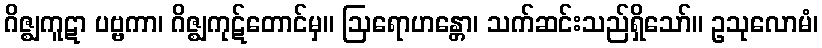
ဂိဇ္ဈကူဋာ ပဗ္ဗကာ၊ ဂိဇ္ဈကုဋ်တောင်မှ။ ဩရောဟန္တော၊ သက်ဆင်းသည်ရှိသော်။ ဥသုလောမံ၊